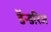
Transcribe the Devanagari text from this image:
डॅन्डरिज